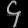
Digit: ၄